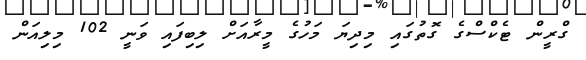
ގްރީން ޓެކްސްގެ ގޮތުގައި މިދިޔަ މަހުގެ މީރާއަށް ލިބިފައި ވަނީ 102 މިލިއަން